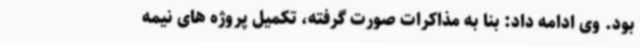
بود. وی ادامه داد: بنا به مذاکرات صورت گرفته، تکمیل پروژه های نیمه